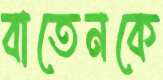
বাতেনকে